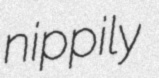
nippily